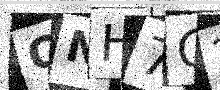
Text: QNH7C2